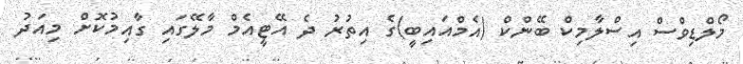
މޯލްޑިވްސް އިސްލާމިކް ބޭންކް (އެމްއައިބީ)ގެ އިތުރު ދެ އޭޓީއެމް މާލޭގައި ގާއިމުކޮށް މިއަދު